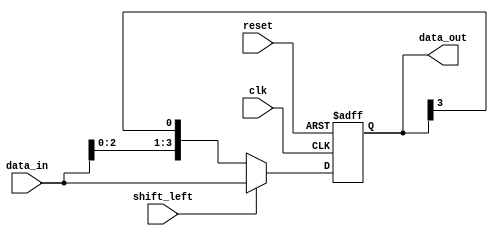
module shift_register(
    input wire clk,
    input wire reset,
    input wire shift_left,
    input wire[3:0] data_in,
    output reg[3:0] data_out
);

reg[3:0] shift_reg;

always @ (posedge clk or posedge reset)
begin
    if (reset)
        shift_reg <= 4'b0000;
    else if (shift_left)
        shift_reg <= {shift_reg[2:0], data_in};
    else
        shift_reg <= {data_in, shift_reg[3]};
end

assign data_out = shift_reg;

endmodule